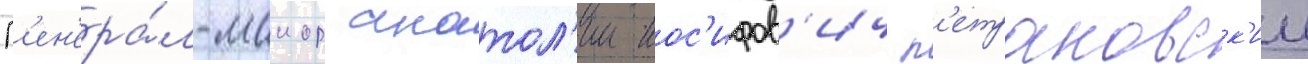
Г'ен'ера́л-маиор анатол'ии иос'ифов'ич п'етраковск'ии